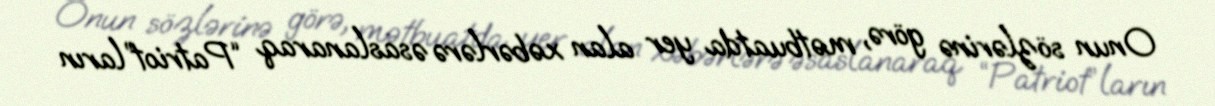
Onun sözlərinə görə, mətbuatda yer alan xəbərlərə əsaslanaraq “Patriot”ların